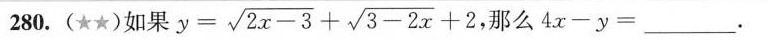
280.(★★)如果 $$y = \sqrt { 2 x - 3 } + \sqrt { 3 - 2 x } + 2 $$，那么$$4 x -y = ___$$.